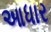
આધાર